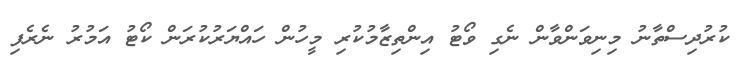
ކުރުދިސްތާނު މިނިވަންވާން ނެގި ވޯޓު އިންތިޒާމުކުރި މީހުން ހައްޔަރުކުރަން ކޯޓު އަމުރު ނެރެފި